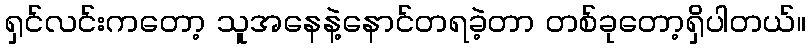
ရှင်လင်းကတော့ သူအနေနဲ့နောင်တရခဲ့တာ တစ်ခုတော့ရှိပါတယ်။